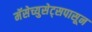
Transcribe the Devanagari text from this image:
मॅसेच्युसेट्सपासून